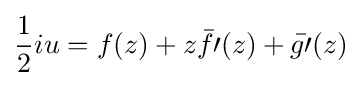
{\frac {1}{2}}iu=f(z)+z{\bar {f\prime }}(z)+{\bar {g\prime }}(z)